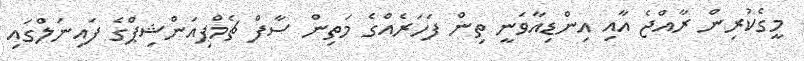
މީގެކުރިން ރާއްޖެ އާއި އިންޑިއާވަނީ ތިން ފަހަރެއްގެ މަތިން ސާފް ޗެމްޕިއަންޝިޕްގެ ފައިނަލްގައި